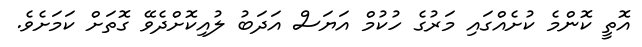
އޮތީ ކޮންމެ ކުށެއްގައި މަރުގެ ހުކުމް އަޔަސް އަދަބު ލުއިކޮށްދެވޭ ގޮތަށް ކަމަށެވެ.